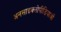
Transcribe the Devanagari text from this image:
अनसाइक्लोपीडियाओं